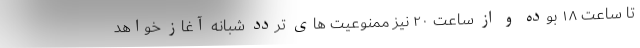
تا ساعت ۱۸ بوده و از ساعت ۲۰ نیز ممنوعیت های تردد شبانه آغاز خواهد